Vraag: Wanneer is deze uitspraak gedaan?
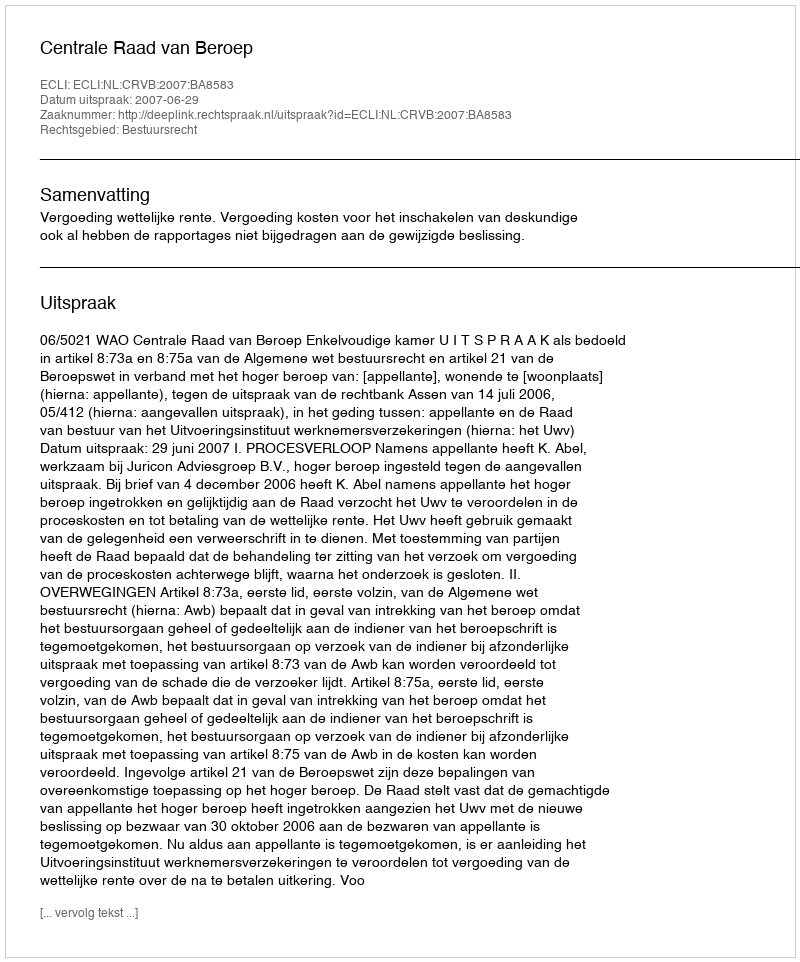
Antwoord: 2007-06-29